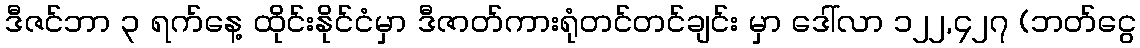
ဒီဇင်ဘာ ၃ ရက်နေ့ ထိုင်းနိုင်ငံမှာ ဒီဇာတ်ကားရုံတင်တင်ချင်း မှာ ဒေါ်လာ ၁၂၂,၄၂၇ (ဘတ်ငွေ